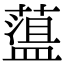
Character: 𦼬